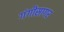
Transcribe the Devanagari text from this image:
गंगीसागर